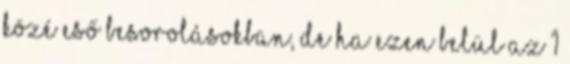
közé eső besorolásokban, de ha ezen belül az 1